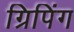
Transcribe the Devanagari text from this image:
ग्रिपिंग